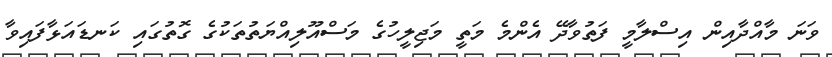
ވަނަ މާއްދާއިން އިސްލާމީ ފަތުވާދޭ އެންމެ މަތީ މަޖިލީހުގެ މަސްއޫލިއްޔަތުތަކުގެ ގޮތުގައި ކަނޑައަޅާފައިވާ